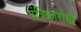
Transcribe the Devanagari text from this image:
तंत्रिकारोधी